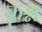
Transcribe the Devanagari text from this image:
कृश्न